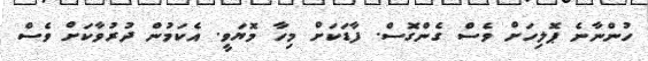
ހުންނާނެ ޕޮލިހަށް ވެސް ގެންގޮސް. ފާޑަކަށް މިހާ މޮޔަވީ. އެކަމުން ދުރުވާކަށް ވެސް